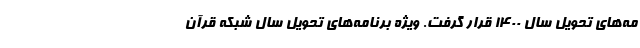
مه‌های تحویل سال 1400 قرار گرفت. ویژه برنامه‌های تحویل سال شبکه قرآن